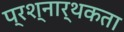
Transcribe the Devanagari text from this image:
प्रश्‍नार्थकता